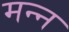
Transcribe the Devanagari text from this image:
मन्न